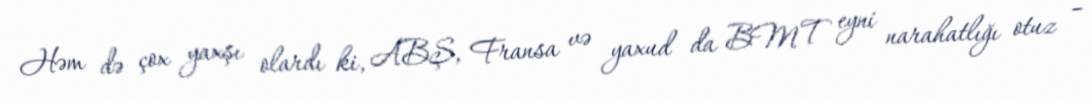
Həm də çox yaxşı olardı ki, ABŞ, Fransa və yaxud da BMT eyni narahatlığı otuz –